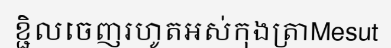
ខ្ជិលចេញរហូតអស់កុងត្រាMesut